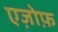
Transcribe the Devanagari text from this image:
एज़ोफ़